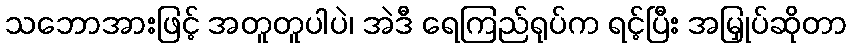
သဘောအားဖြင့် အတူတူပါပဲ၊ အဲဒီ ရေကြည်ရုပ်က ရင့်ပြီး အမြှုပ်ဆိုတာ